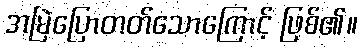
အမြဲပြောတတ်သောကြောင့် ဖြစ်၏။